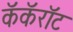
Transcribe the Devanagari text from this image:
कॅकॅरॉट